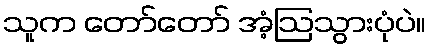
သူက တော်တော် အံ့ဩသွားပုံပဲ။